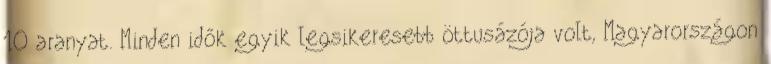
10 aranyat. Minden idők egyik legsikeresebb öttusázója volt, Magyarországon